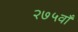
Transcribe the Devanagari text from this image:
२७५वाँ